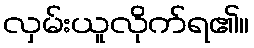
လှမ်းယူလိုက်ရ၏။